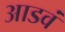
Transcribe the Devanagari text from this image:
आडवं